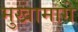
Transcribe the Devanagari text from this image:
मुखामागे